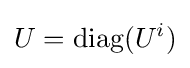
U=\operatorname {diag} (U^{i})